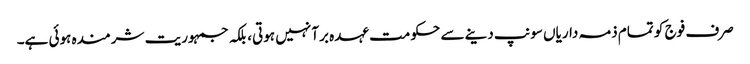
صرف فوج کو تمام ذمہ داریاں سونپ دینے سے حکومت عہدہ برآ نہیں ہوتی، بلکہ جمہوریت شرمندہ ہوئی ہے۔